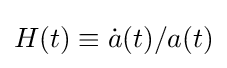
H(t)\equiv {\dot {a}}(t)/a(t)